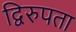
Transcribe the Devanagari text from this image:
द्विरुपता